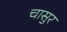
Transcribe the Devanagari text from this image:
चासुर